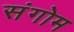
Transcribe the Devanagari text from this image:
संगोम